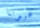
عيوننا